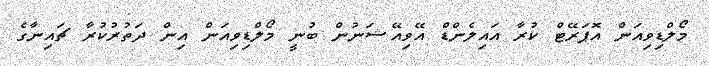
މޯލްޑިވިއަން އޮޕަރޭޓް ކުރާ އައިލެންޑް އޭވިއޭޝަނުން ބުނީ މޯލްޑިވިއަން އިން ދަތުރުކުރާ ޗައިނާގެ